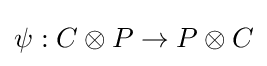
\psi :C\otimes P\to P\otimes C